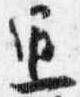
通